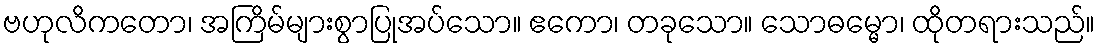
ဗဟုလိကတော၊ အကြိမ်များစွာပြုအပ်သော။ ဧကော၊ တခုသော။ သောဓမ္မော၊ ထိုတရားသည်။